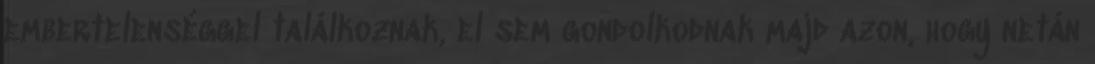
embertelenséggel találkoznak, el sem gondolkodnak majd azon, hogy netán